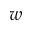
w